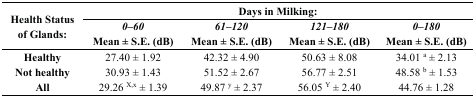
| <ROWSPAN=2> Health Status of Glands: | <COLSPAN=4> Days in Milking: |
 | 0–60 Mean ± S.E. (dB) | 61–120 Mean ± S.E. (dB) | 121–180 Mean ± S.E. (dB) | 0–180 Mean ± S.E. (dB) |
 | --- | --- | --- | --- | --- |
 | Healthy | 27.40 ± 1.92 | 42.32 ± 4.90 | 50.63 ± 8.08 | 34.01 a ± 2.13 |
 | Not healthy | 30.93 ± 1.43 | 51.52 ± 2.67 | 56.77 ± 2.51 | 48.58 b ± 1.53 |
 | All | 29.26 X,x ± 1.39 | 49.87 y ± 2.37 | 56.05 Y ± 2.40 | 44.76 ± 1.28 |